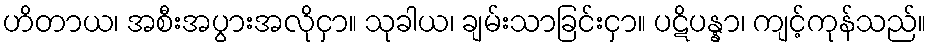
ဟိတာယ၊ အစီးအပွားအလိုငှာ။ သုခါယ၊ ချမ်းသာခြင်းငှာ။ ပဋိပန္နာ၊ ကျင့်ကုန်သည်။